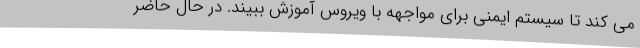
می کند تا سیستم ایمنی برای مواجهه با ویروس آموزش ببیند. در حال حاضر